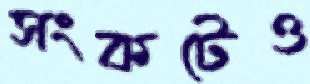
সংকটেও